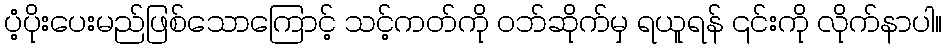
ပံ့ပိုးပေးမည်ဖြစ်သောကြောင့် သင့်ကတ်ကို ဝဘ်ဆိုက်မှ ရယူရန် ၎င်းကို လိုက်နာပါ။